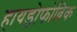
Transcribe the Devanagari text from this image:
हायड्रोफोबिक